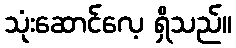
သုံးဆောင်လေ့ ရှိသည်။